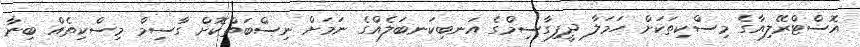
އޮސްޓްރޭލިއާގެ މިސްކިތަކަށް ހަމަލާ ދީފިގާސިމްގެ އަނބިކަނބަލެއްގެ ނަމަށް ނިސްބަތްކޮށް ގާސިމް މިސްކިތެއް ބިނާ